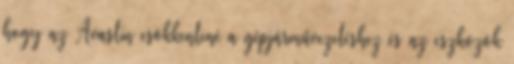
hogy az Avastin csökkentené a gépjárművezetéshez és az eszközök